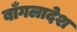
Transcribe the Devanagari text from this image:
बाँगलादेश